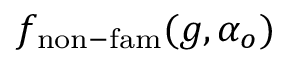
f _ { \mathrm { n o n - f a m } } ( g , \alpha _ { o } )